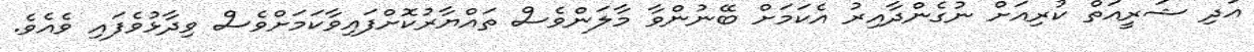
އަދި ޝަރީއަތް ކުރިއަށް ނުގެންދާއިރު އެކަމަށް ބޭނުންވާ މާލަންވެސް ތައްޔާރުކޮށްފައިވާކަމަށްވެސް ވިދާޅުވެފައި ވެއެވެ.